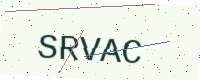
Text: SRVAC